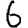
Digit: 6